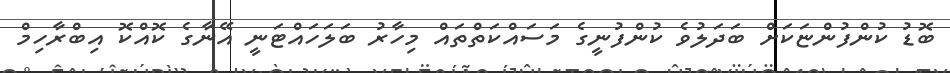
ބޮޑު ކުންފުންޏަކަށް ބަދަލުވެ ކުންފުނީގެ މަސައްކަތްތައް މިހާރު ބަލަހައްޓަނީ އޭނާގެ ކޮއްކޮ އިބްރާހިމް